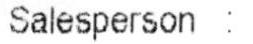
SALESPERSON: